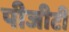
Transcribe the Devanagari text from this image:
पीजीटी